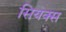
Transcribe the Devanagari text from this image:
सियक्स